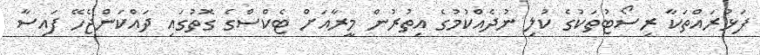
ފަޅުރައްތަކާ ރިސޯޓުތަކުގެ ކުލި ނުދެއްކުމުގެ އިތުރުން މީރާއަށް ޓެކްސްގެ ގޮތުގައި ދައްކަންޖެހޭ ފައިސާ